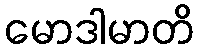
မောဒါမာတိ